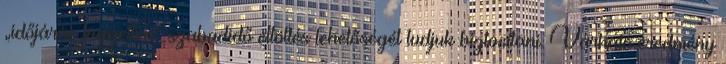
„időjárás független” szabadidő eltöltés lehetőségét tudjuk biztosítani. Várható eredmény